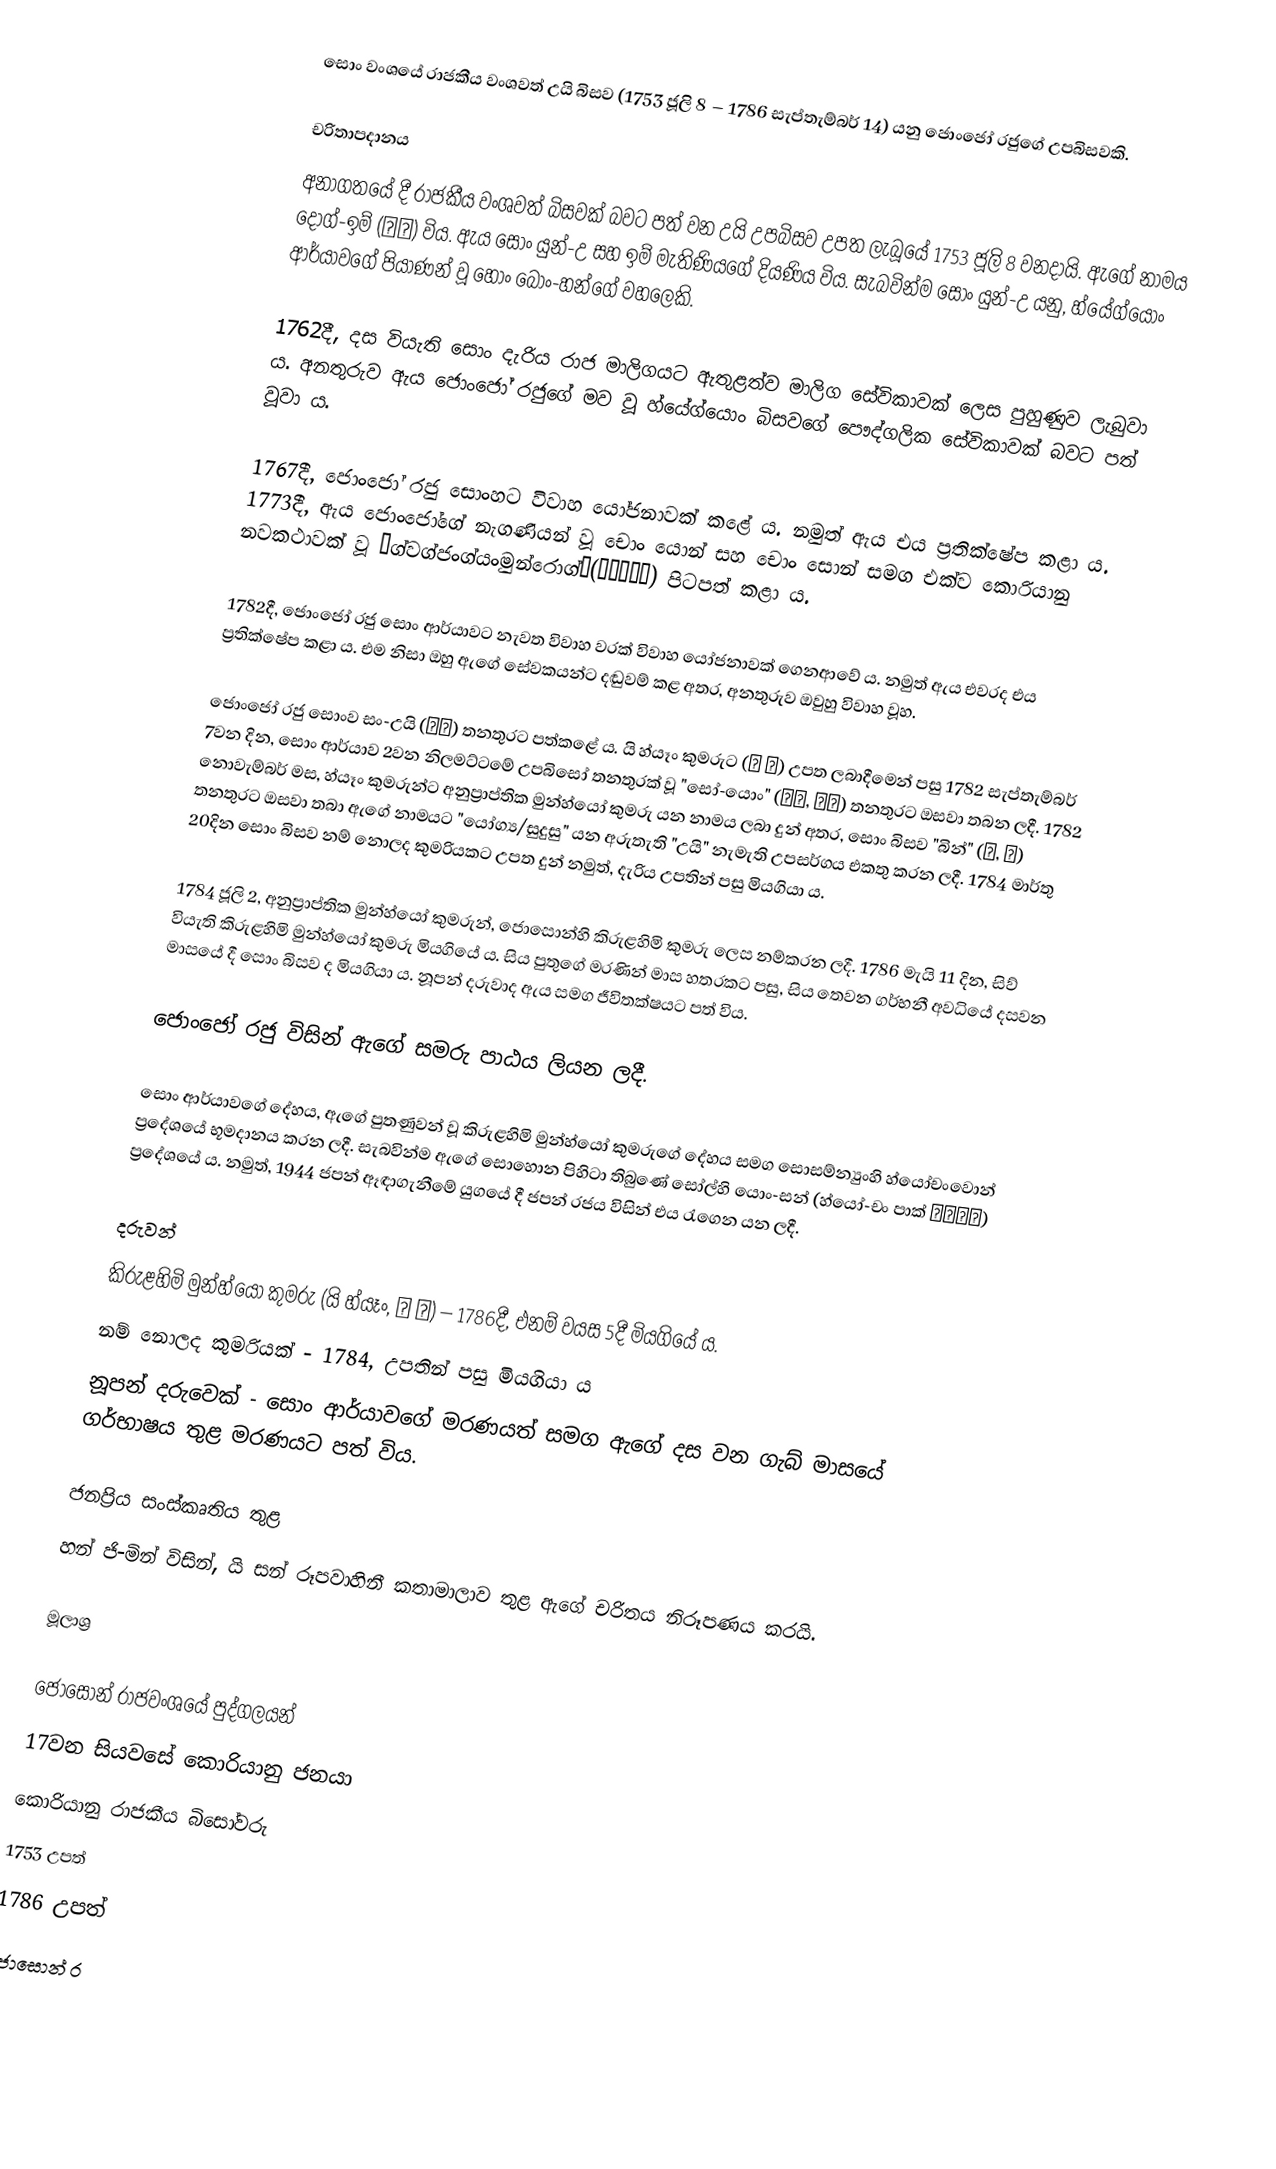
සොං වංශයේ රාජකීය වංශවත් උයි බිසව (1753 ජූලි 8 – 1786 සැප්තැම්බර් 14) යනු ජොංජෝ රජුගේ උපබිසවකි.

චරිතාපදානය
අනාගතයේ දී රාජකීය වංශවත් බිසවක් බවට පත් වන උයි උපබිසව උපත ලැබූයේ 1753 ජූලි 8 වනදායි. ඇගේ නාමය දොග්-ඉම් (덕임) විය. ඇය සොං යුන්-උ සහ ඉම් මැතිණියගේ දියණිය විය. සැබවින්ම සොං යුන්-උ යනු, හ්යේග්යොං ආර්යාවගේ පියාණන් වූ හොං බොං-හන්ගේ වහලෙකි.

1762දී, දස වියැති සොං දැරිය රාජ මාලිගයට ඇතුළත්ව මාලිග සේවිකාවක් ලෙස පුහුණුව ලැබුවා ය. අනතුරුව ඇය ජොංජෝ රජුගේ මව වූ හ්යේග්යොං බිසවගේ පෞද්ගලික සේවිකාවක් බවට පත් වූවා ය.

1767දී, ජොංජෝ රජු සොංහට විවාහ යෝජනාවක් කළේ ය. නමුත් ඇය එය ප්‍රතික්ෂේප කළා ය. 1773දී, ඇය ජොංජෝගේ නැගණියන් වූ චොං යොන් සහ චොං සොන් සමග එක්ව කොරියානු නවකථාවක් වූ 《ග්වග්ජංග්යංමුන්රොග්》(곽장양문록) පිටපත් කළා ය.

1782දී, ජොංජෝ රජු සොං ආර්යාවට නැවත විවාහ වරක් විවාහ යෝජනාවක් ගෙනආවේ ය. නමුත් ඇය එවරද එය ප්‍රතික්ෂේප කළා ය. එම නිසා ඔහු ඇගේ සේවකයන්ට දඬුවම් කළ අතර, අනතුරුව ඔවුහු විවාහ වූහ.

ජොංජෝ රජු සොංව සං-උයි (상의) තනතුරට පත්කළේ ය. යි හ්යෑං කුමරුට (리 향) උපත ලබාදීමෙන් පසු 1782 සැප්තැම්බර් 7වන දින, සොං ආර්යාව 2වන නිලමට්ටමේ උපබිසෝ තනතුරක් වූ "සෝ-යොං" (소용, 昭容) තනතුරට ඔසවා තබන ලදී. 1782 නොවැම්බර් මස, හ්යෑං කුමරුන්ට අනුප්‍රාප්තික මුන්හ්යෝ කුමරු යන නාමය ලබා දුන් අතර, සොං බිසව "බින්" (빈, 嬪) තනතුර‍ට ඔසවා තබා ඇගේ නාමයට "යෝග්‍ය/සුදුසු" යන අරුතැති "උයි" නැමැති උපසර්ගය එකතු කරන ලදී. 1784 මාර්තු 20දින සොං බිසව නම් නොලද කුමරියකට උපත දුන් නමුත්, දැරිය උපතින් පසු මියගියා ය.

1784 ජූලි 2, අනුප්‍රාප්තික මුන්හ්යෝ කුමරුන්, ජොසොන්හි කිරුළහිමි කුමරු ලෙස නම්කරන ලදී. 1786 මැයි 11 දින, සිව් වියැති කිරුළහිමි මුන්හ්යෝ කුමරු මියගියේ ය. සිය පුතුගේ මරණින් මාස හතරකට පසු, සිය තෙවන ගර්භනී අවධියේ දසවන මාසයේ දී සොං බිසව ද මියගියා ය.  නූපන් දරුවාද ඇය සමග ජීවිතක්ෂයට පත් විය.

ජොංජෝ රජු විසින් ඇගේ සමරු පාඨය ලියන ලදී.

සොං ආර්යාවගේ දේහය, ඇගේ පුතණුවන් වූ කිරුළහිමි මුන්හ්යෝ කුමරුගේ දේහය සමග ‍සොසම්න්‍යුංහි හ්යෝචංවොන් ප්‍රදේශයේ භූමදානය කරන ලදී.  සැබවින්ම ඇගේ සොහොන පිහිටා තිබුණේ සෝල්හි යොං-සන් (හ්යෝ-චං පාක් 孝昌公園) ප්‍රදේශයේ ය. නමුත්, 1944 ජපන් ඈඳාගැනීමේ යුගයේ දී ජපන් රජය විසින් එය රැගෙන යන ලදී.

දරුවන්
කිරුළහිමි මුන්හ්යෝ කුමරු (යි හ්යෑං, 리 향) – 1786දී, එනම් වයස 5දී මියගියේ ය.
නම් නොලද කුමරියක් - 1784, උපතින් පසු මියගියා ය
නූපන් දරුවෙක් - සොං ආර්යාවගේ මරණයත් සමග ඇගේ දස වන ගැබ් මාසයේ ගර්භාෂය තුළ මරණයට පත් විය.

ජනප්‍රිය සංස්කෘතිය තුළ
හන් ජි-මින් විසින්, යි සන් රූපවාහිනී කතාමාලාව තුළ ඇගේ චරිතය නිරූපණය කරයි.

මූලාශ්‍ර

ජොසොන් රාජවංශයේ පුද්ගලයන්
17වන සියවසේ කොරියානු ජනයා
කොරියානු රාජකීය බිසෝවරු
1753 උපත්
1786 උපත්
ජොසොන් ර